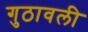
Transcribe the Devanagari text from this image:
गुठावली